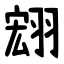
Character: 翝